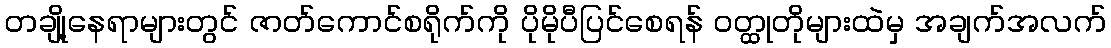
တချို့နေရာများတွင် ဇာတ်ကောင်စရိုက်ကို ပိုမိုပီပြင်စေရန် ဝတ္ထုတိုများထဲမှ အချက်အလက်